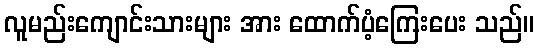
လူမည်းကျောင်းသားများ အား ထောက်ပံ့ကြေးပေး သည်။